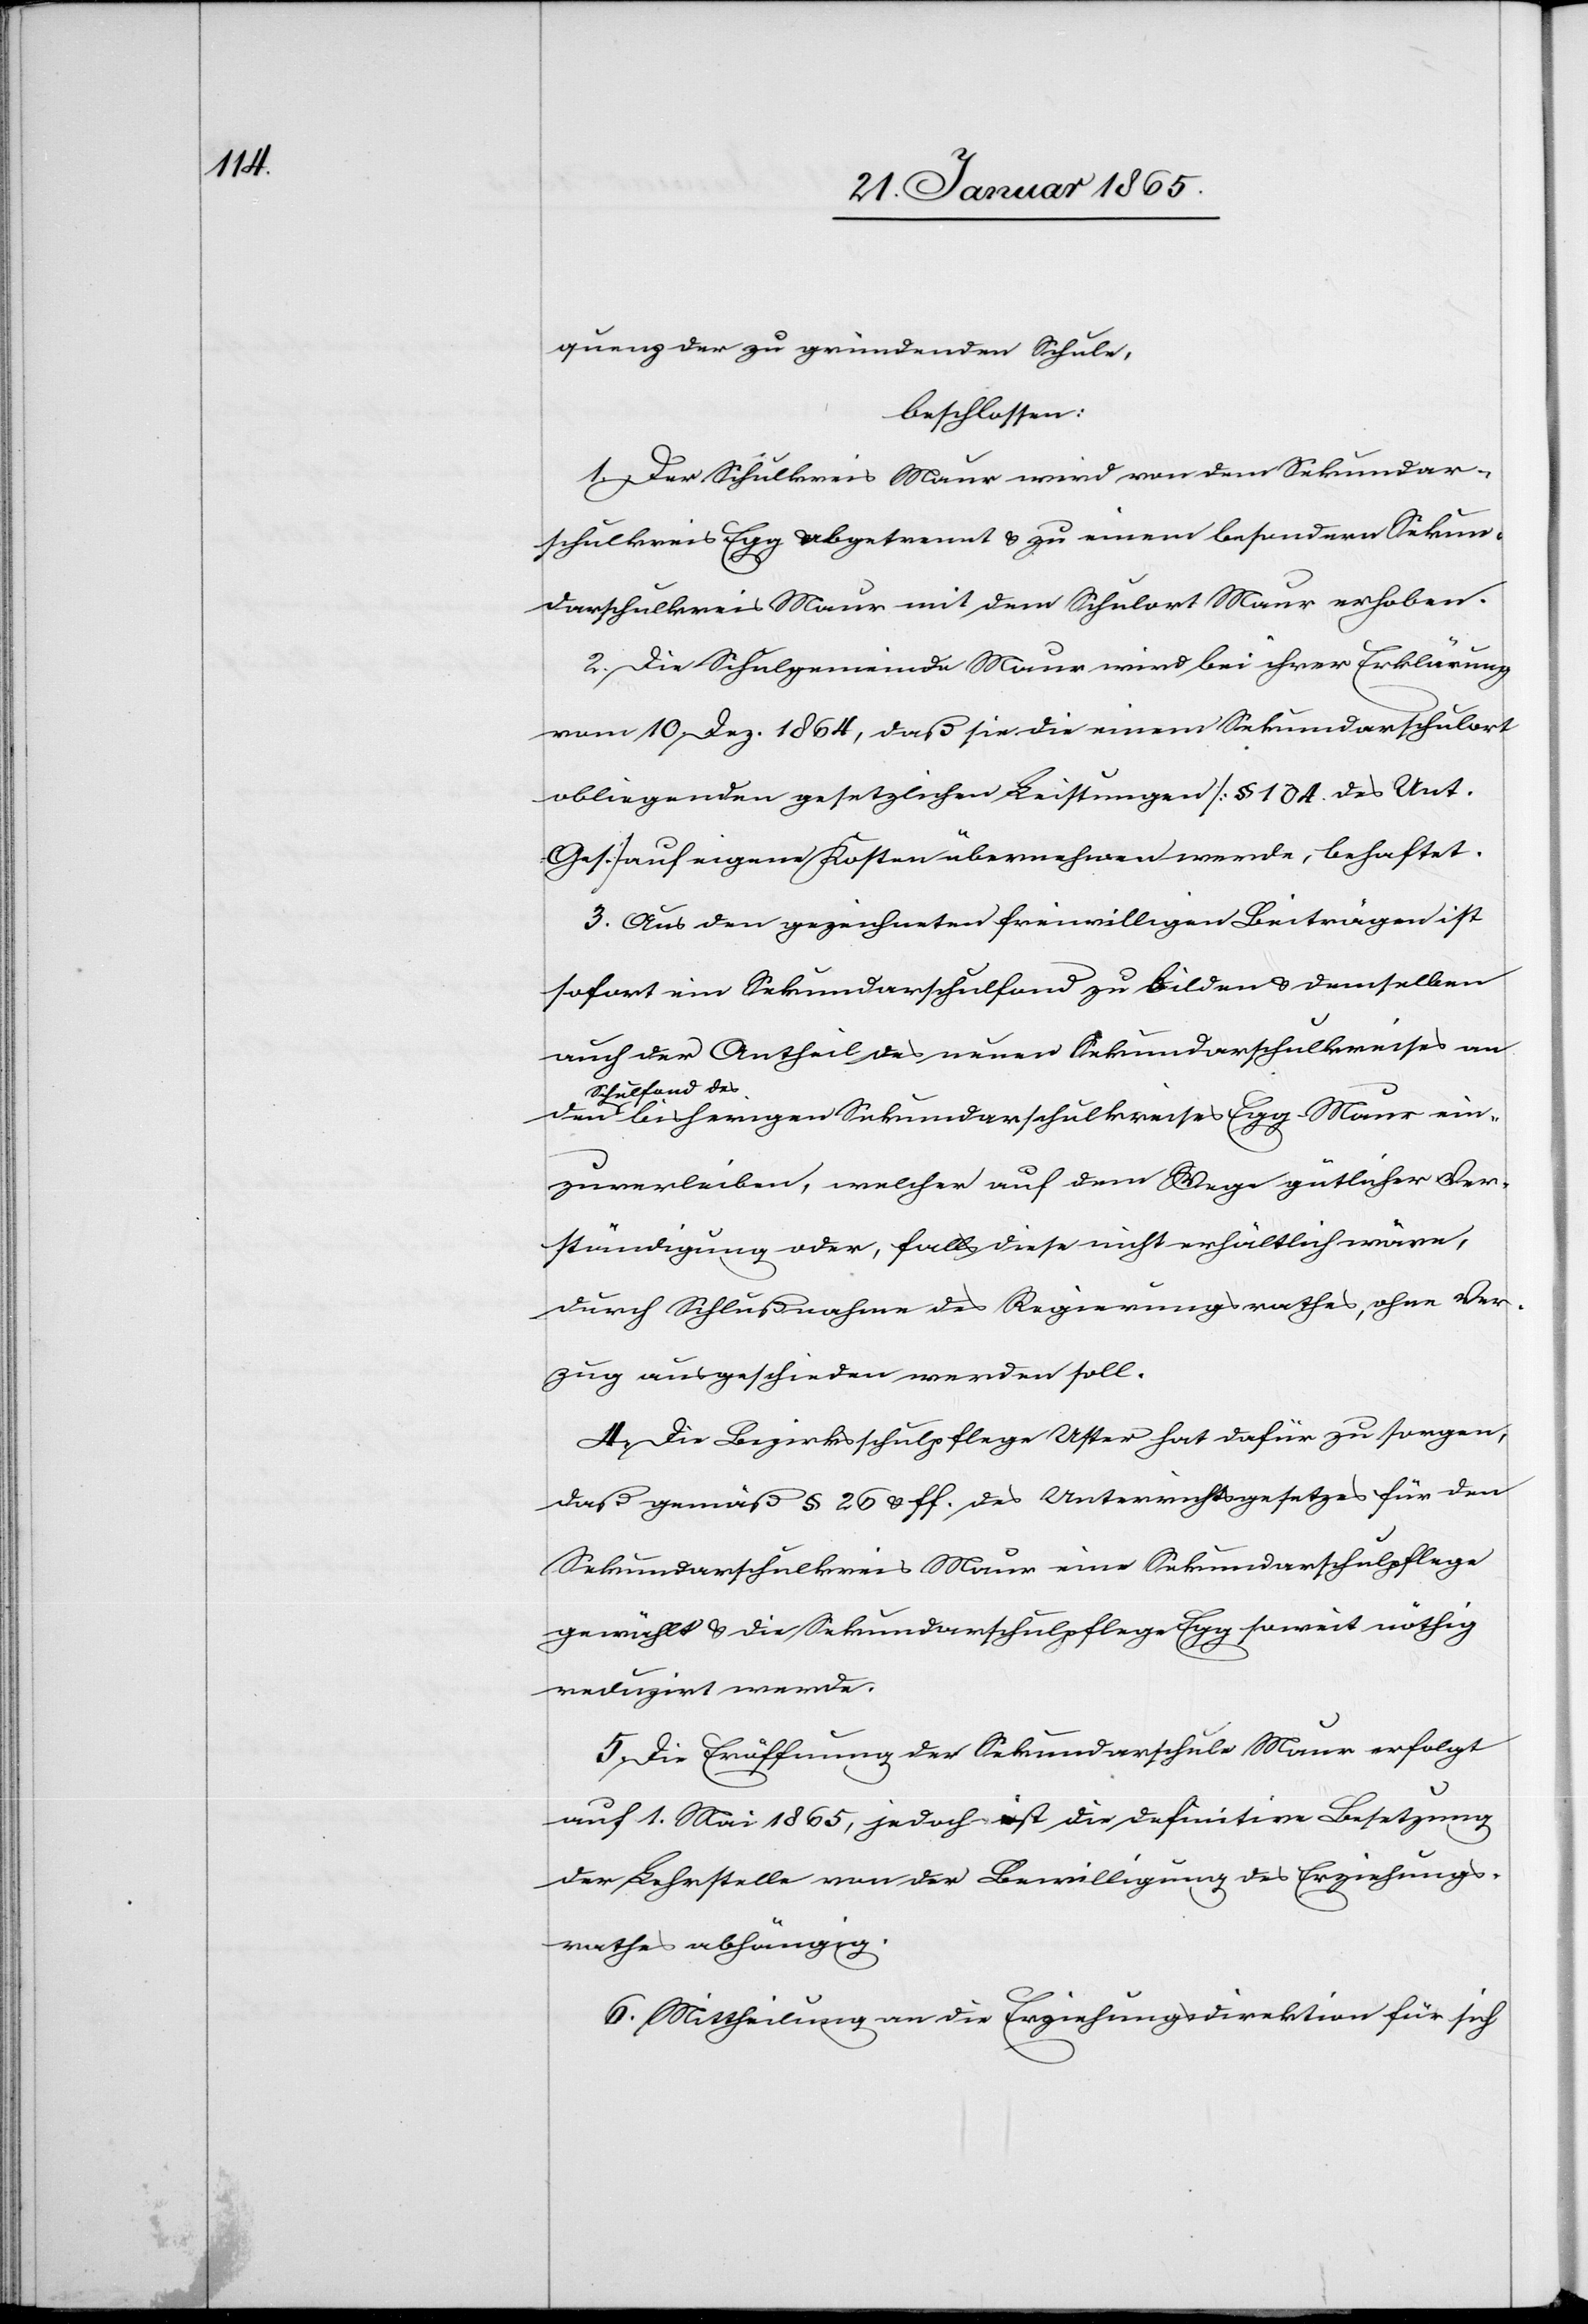
quenz der zu gründenden Schule,
beschlossen:
1. Der Schulkreis Maur wird von dem Sekundar¬
schulkreis Egg abgetrennt u. zu einem besondern Sekun¬
darschulkreis Maur mit dem Schulort Maur erhoben.
2. Die Schulgemeinde Maur wird dabei ihrer Erklärung
vom 10. Dez. 1864, daß sie die einem Sekundarschulort
obliegenden gesetzlichen Leistungen [§ 104 des Unt.
Ges.] auf eigene Kosten übernehmen werde, behaftet.
3. Aus den gezeichneten freiwilligen Beiträgen ist
sofort ein Sekundarschulfond zu bilden u. demselben
auch der Antheil des neuen Sekundarschulkreises an
Schulfond des
bisherigen Sekundarschulkreises Egg-Maur ein¬
zuverleiben, welcher auf dem Wege gütlicher Ver¬
ständigung oder, falls diese nicht erhältlich wäre,
durch Schlußnahme des Regierungsrathes, ohne Ver¬
zug ausgeschieden werden soll.
4. Die Bezirksschulpflege Uster hat dafür zu sorgen,
daß gemäß § 26 u. ff. des Unterrichtsgesetzes für den
Sekundarschulkreis Maur eine Sekundarschulpflege
gewählt u. die Sekundarschulpflege Egg soweit nöthig
reduzirt werde.
5. Die Eröffnung der Sekundarschule Maur erfolgt
auf 1. Mai 1865, jedoch ist die definitive Besetzung
der Lehrstelle von der Bewilligung des Erziehungs¬
rathes abhängig.
6. Mittheilung an die Erziehungsdirektion für sich